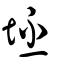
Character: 坯